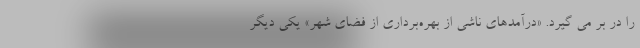
را در بر می گیرد. «درآمدهای ناشی از بهره‌برداری از فضای شهر» یکی دیگر